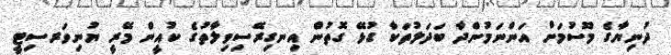
ދުނިޔާގެ މޫސުމަށް އަންނަމުންދާ ބަދަލުތަކާ ގުޅޭ ގޮތުން އިނގިރޭސިވިލާތުގެ ކުއީން މޭރީ ޔުނިވަރސިޓީ